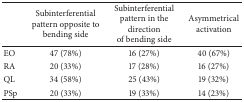
<table><thead><tr><td><b> </b></td><td><b>Subinterferential pattern opposite to bending side</b></td><td><b>Subinterferential pattern in the direction of bending side</b></td><td><b>Asymmetrical activation</b></td></tr></thead><tbody><tr><td>EO</td><td>47 (78%)</td><td>16 (27%)</td><td>40 (67%)</td></tr><tr><td>RA</td><td>20 (33%)</td><td>17 (28%)</td><td>16 (27%)</td></tr><tr><td>QL</td><td>34 (58%)</td><td>25 (43%)</td><td>19 (32%)</td></tr><tr><td>PSp</td><td>20 (33%)</td><td>19 (33%)</td><td>14 (23%)</td></tr></tbody></table>